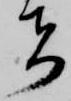
者